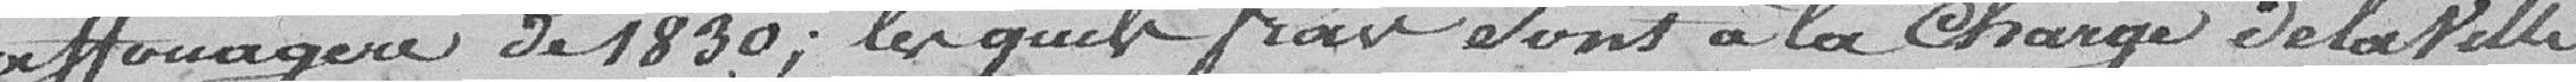
affouagère de 1830 ; lesquels frais sont à la charge de la ville